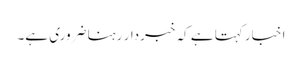
اخبار کہتا ہے کہ خبردار رہنا ضروری ہے۔